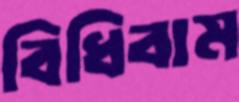
বিধিবাম